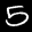
Label: 5